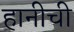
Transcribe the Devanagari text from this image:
हानीची